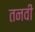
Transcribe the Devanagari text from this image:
तनवी